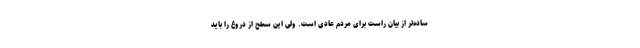
ساده‌تر از بیان راست برای مردم عادی است. ولی این سطح از دروغ را باید